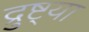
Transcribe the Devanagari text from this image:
द्रुष्ट्या